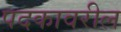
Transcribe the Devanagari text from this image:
पदकावरील